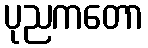
ပုညကတော